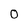
Character: 0